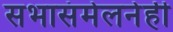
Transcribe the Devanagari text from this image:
सभासंमेलनेही